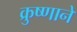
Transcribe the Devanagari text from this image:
क्रुष्णाने